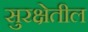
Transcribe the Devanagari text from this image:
सुरक्षेतील